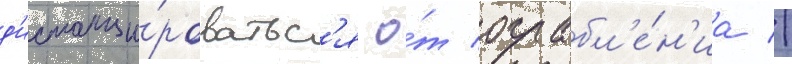
д'истанци́роватьс'я о́т ограбл'е́н'иа //